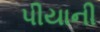
પીયાની